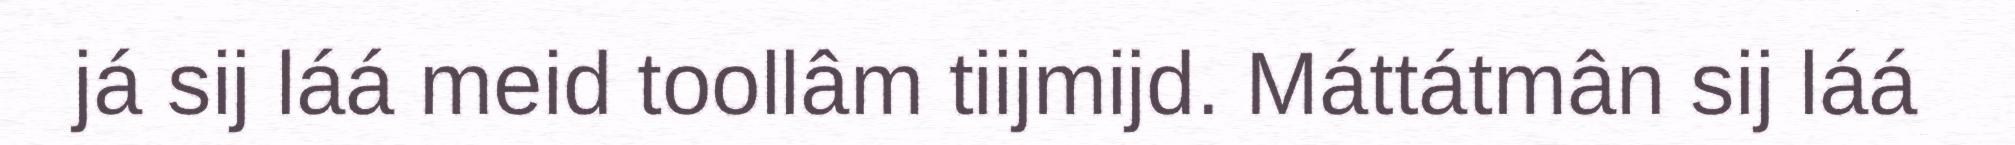
já sij láá meid toollâm tiijmijd. Máttátmân sij láá